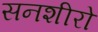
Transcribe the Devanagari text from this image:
सनशीरो